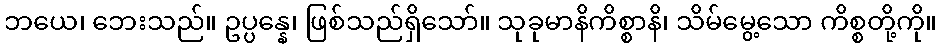
ဘယေ၊ ဘေးသည်။ ဥပ္ပန္နေ၊ ဖြစ်သည်ရှိသော်။ သုခုမာနိကိစ္စာနိ၊ သိမ်မွေ့သော ကိစ္စတို့ကို။